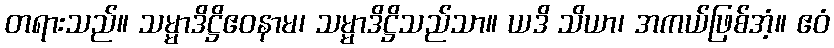
တရားသည်။ သမ္မာဒိဋ္ဌိဧဝနာမ၊ သမ္မာဒိဋ္ဌိသည်သာ။ ယဒိ သိယာ၊ အကယ်ဖြစ်အံ့။ ဧဝံ